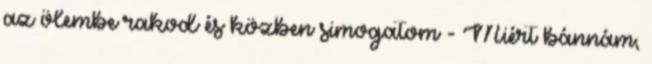
az ölembe rakod és közben simogatom - Miért bánnám,